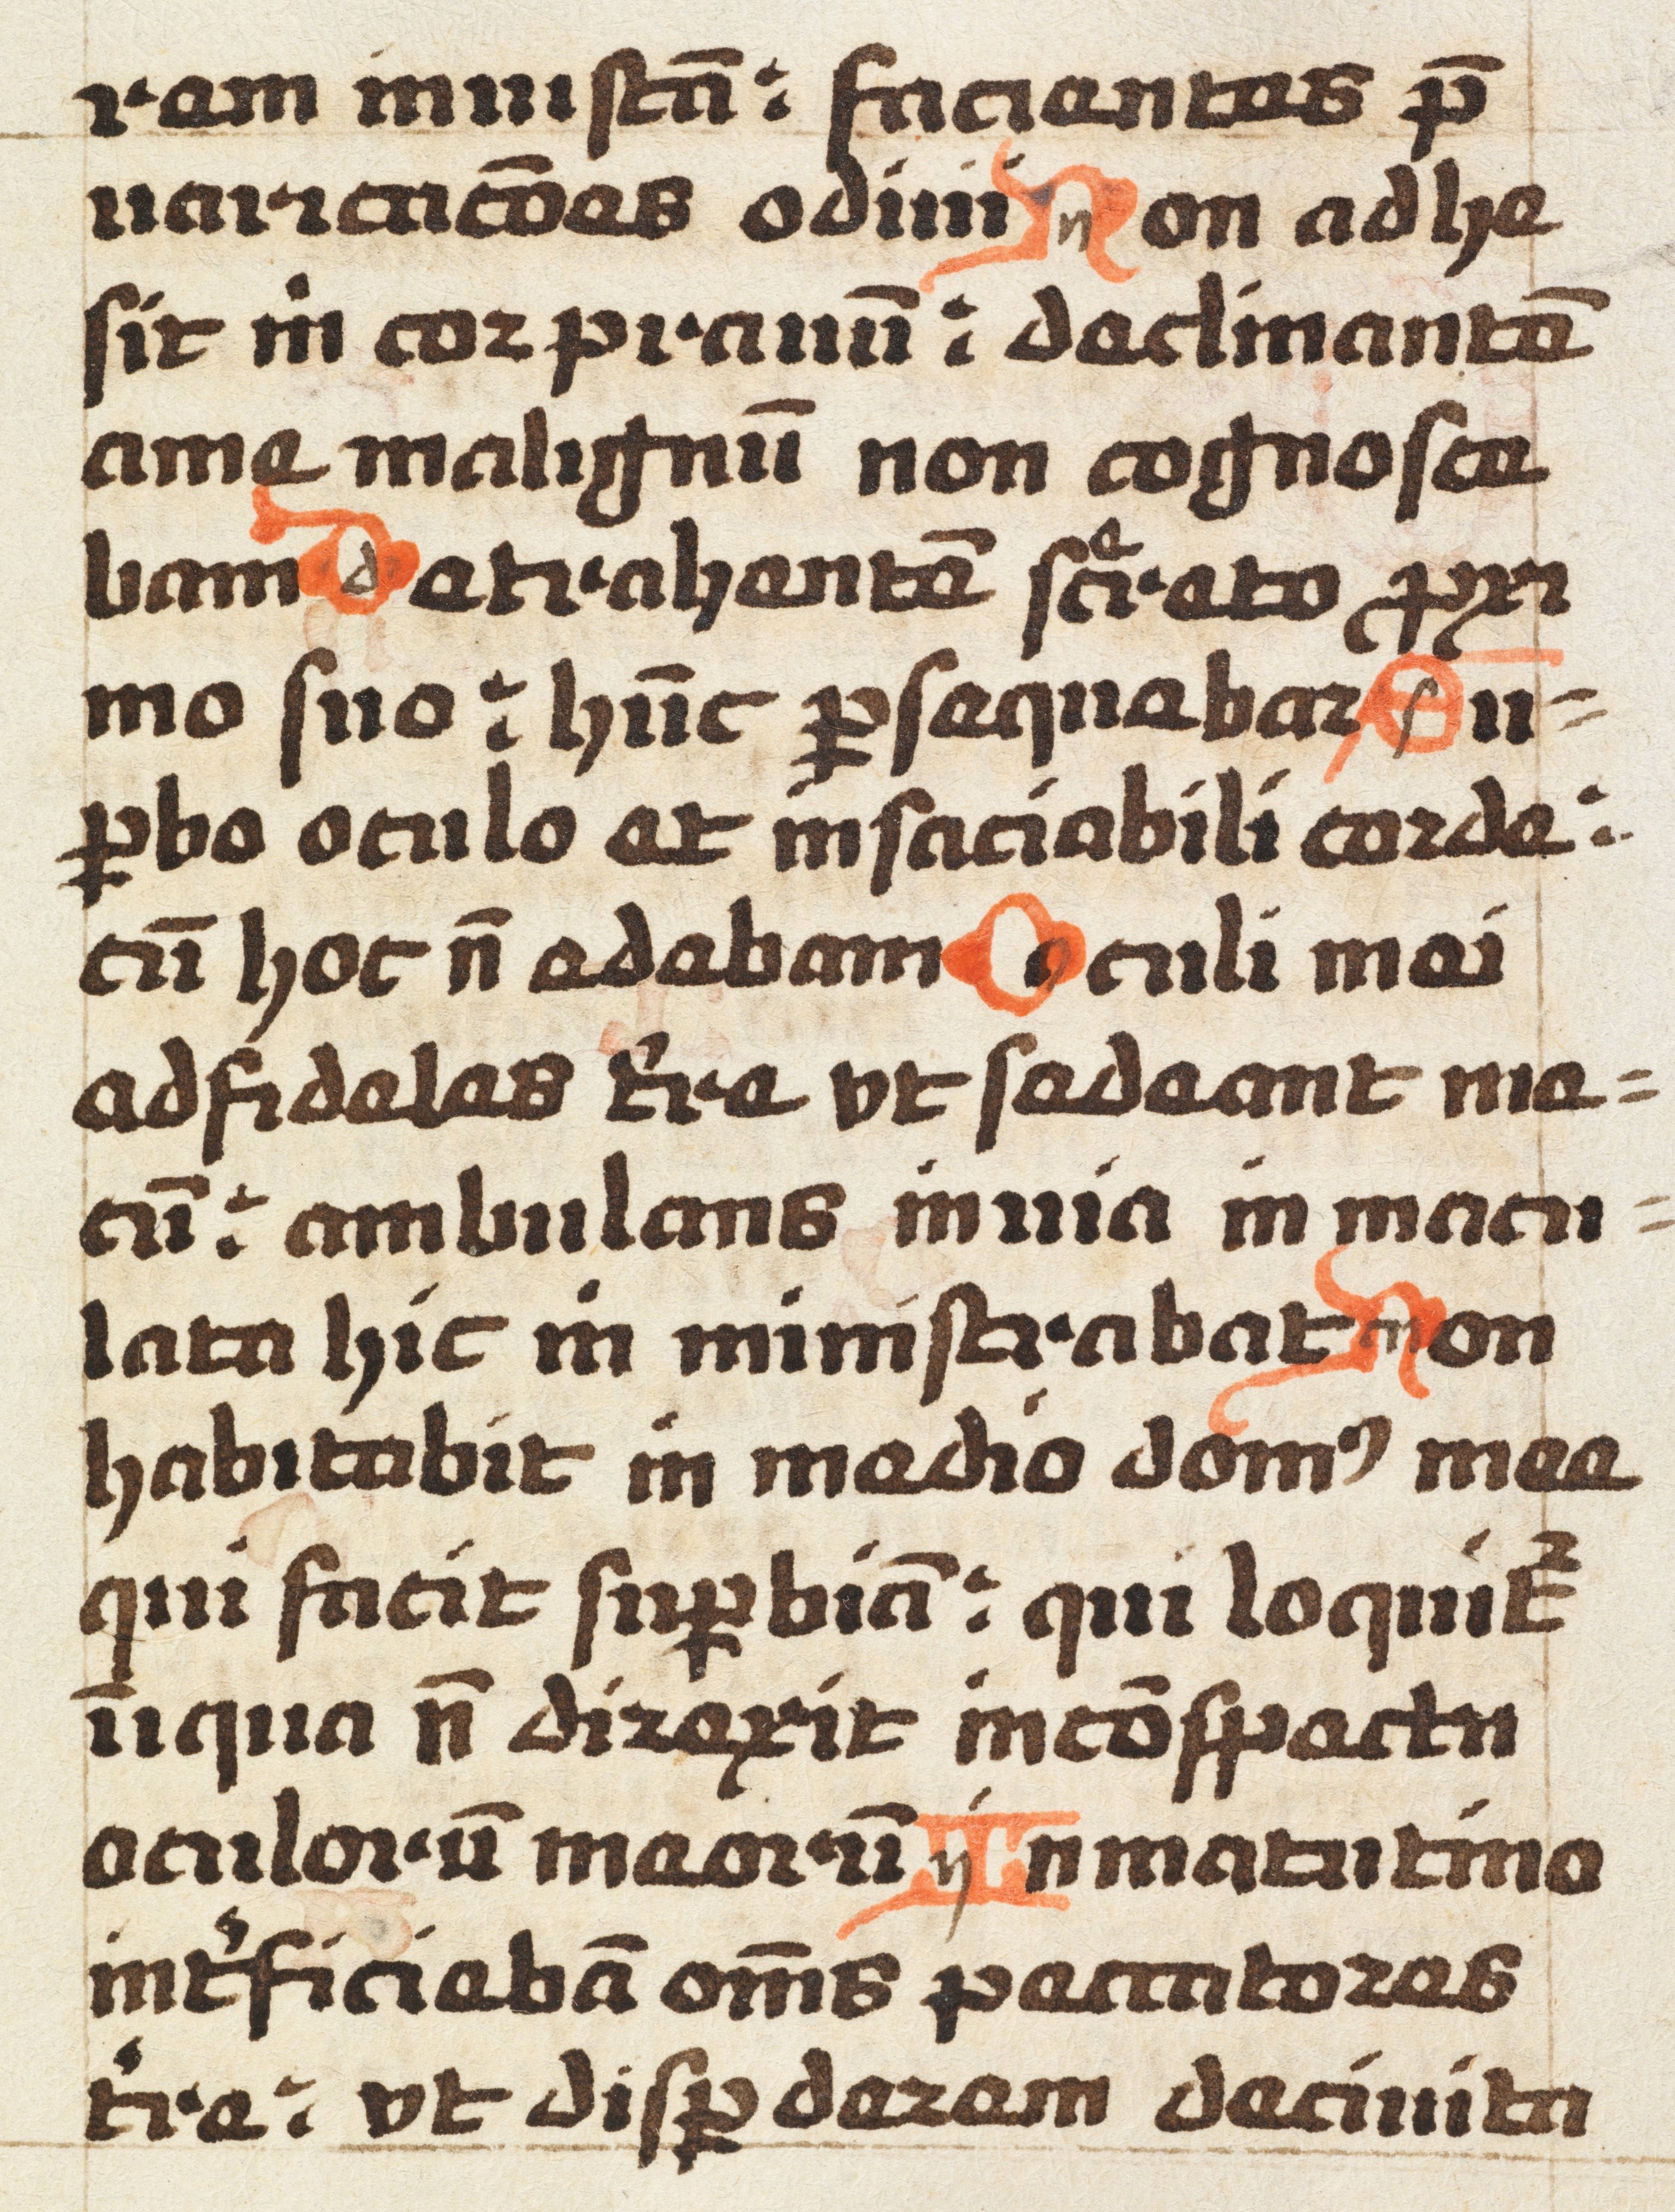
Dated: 1492–1492